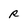
Character: R